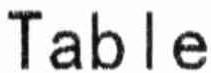
TABLE